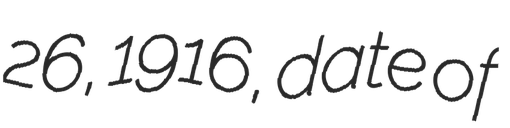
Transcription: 26, 1916, date of